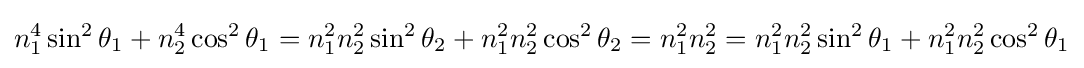
n_{1}^{4}\sin ^{2}\theta _{1}+n_{2}^{4}\cos ^{2}\theta _{1}=n_{1}^{2}n_{2}^{2}\sin ^{2}\theta _{2}+n_{1}^{2}n_{2}^{2}\cos ^{2}\theta _{2}=n_{1}^{2}n_{2}^{2}=n_{1}^{2}n_{2}^{2}\sin ^{2}\theta _{1}+n_{1}^{2}n_{2}^{2}\cos ^{2}\theta _{1}